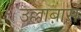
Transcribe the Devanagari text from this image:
उल्लाबास